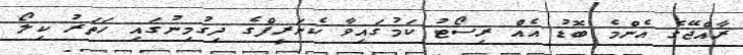
ރާއްޖޭގެ އެންމެ ބޮޑު އެއް ރިސޯޓު ކަމުގައިވާ ކެނަރީފްގެ ދިގުމިނުގައި ހަތަރު ކިލޯ